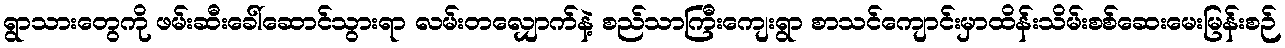
ရွာသားတွေကို ဖမ်းဆီးခေါ်ဆောင်သွားရာ လမ်းတလျှောက်နဲ့ စည်သာကြီးကျေးရွာ စာသင်ကျောင်းမှာထိန်းသိမ်းစစ်ဆေးမေးမြန်းစဉ်